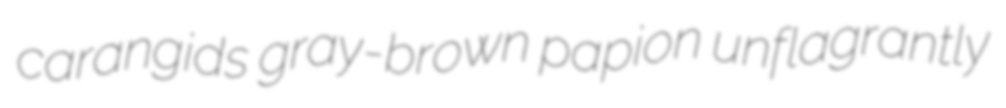
carangids gray-brown papion unflagrantly